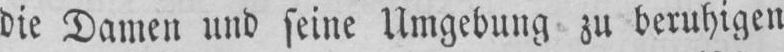
die Damen und seine Umgebuug zu beruhigen